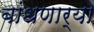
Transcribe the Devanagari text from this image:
बांधणार्‍या